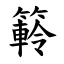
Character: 䉖